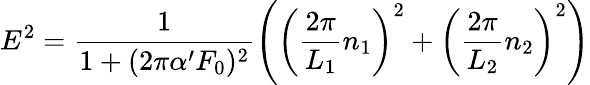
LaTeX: E^{2}=\frac{1}{1+(2\pi\alpha^{\prime}F_{0})^{2}}\left(\left(\frac{2\pi}{L_{1}}n_{1}\right)^{2}+\left(\frac{2\pi}{L_{2}}n_{2}\right)^{2}\right)